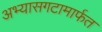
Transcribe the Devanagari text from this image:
अभ्यासगटामार्फत